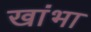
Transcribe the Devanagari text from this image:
खांभा